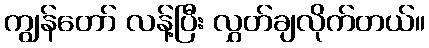
ကျွန်တော် လန့်ပြီး လွှတ်ချလိုက်တယ်။